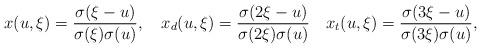
LaTeX: \begin{align*}x(u,\xi)={\sigma(\xi-u)\over{\sigma(\xi)\sigma(u)}}, \quad x_d(u,\xi)={\sigma(2\xi-u)\over{\sigma(2\xi)\sigma(u)}} \quad x_t(u,\xi)={\sigma(3\xi-u)\over{\sigma(3\xi)\sigma(u)}},\end{align*}